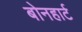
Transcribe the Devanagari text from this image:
बोनहार्ट